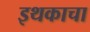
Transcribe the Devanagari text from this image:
इथकाचा